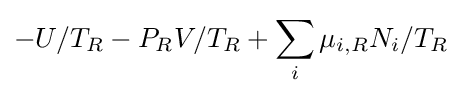
-U/T_{R}-P_{R}V/T_{R}+\sum _{i}\mu _{i,R}N_{i}/T_{R}